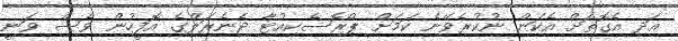
އަދި އެގޮތަށް އެކަން ނުކުރެވޭނެ ކަމަށް ޕްރޮސެކިއުޓާ ޖެނެރަލްގެ އޮފީހުން ވެސް ވަނީ